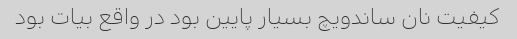
کیفیت نان ساندویچ بسیار پایین بود در واقع بیات بود